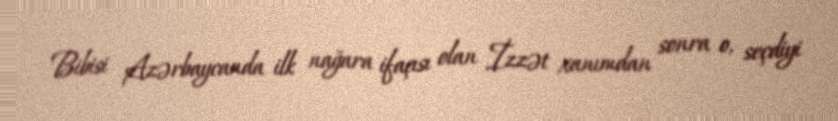
Bibisi Azərbaycanda ilk nağara ifaçısı olan İzzət xanımdan sonra o, seçdiyi